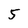
Character: 5